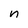
Character: n